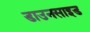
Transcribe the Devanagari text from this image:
डाउनसाइड